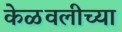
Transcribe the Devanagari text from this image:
केळवलीच्या